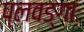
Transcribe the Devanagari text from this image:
प्लवङ्गाः